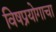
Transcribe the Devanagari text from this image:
विषप्रयोगाचा